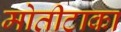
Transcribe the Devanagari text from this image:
मोतीटाका